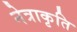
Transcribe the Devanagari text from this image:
नेत्राकृति